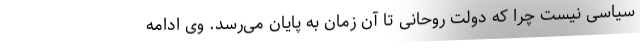
سیاسی نیست چرا که دولت روحانی تا آن زمان به پایان می‌رسد. وی ادامه